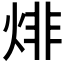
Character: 𤊬